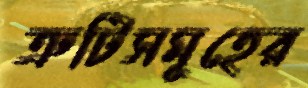
ত্রুটিসমূহের